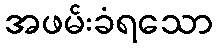
အဖမ်းခံရသော